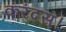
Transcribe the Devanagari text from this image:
करंदस।